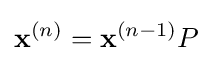
\mathbf {x} ^{(n)}=\mathbf {x} ^{(n-1)}P